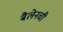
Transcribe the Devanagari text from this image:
बैलेनची